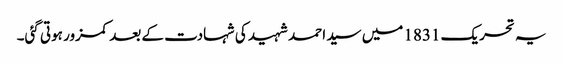
یہ تحریک 1831 میں سید احمد شہید کی شہادت کے بعد کمزور ہوتی گئی۔